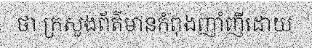
ថា ក្រសួងព័ត៌មានកំពុងញាំញីដោយ